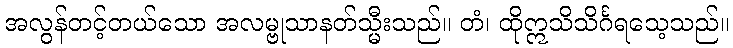
အလွန်တင့်တယ်သော အလမ္ဗုသာနတ်သ္မီးသည်။ တံ၊ ထိုဣသိသိင်္ဂရသေ့သည်။